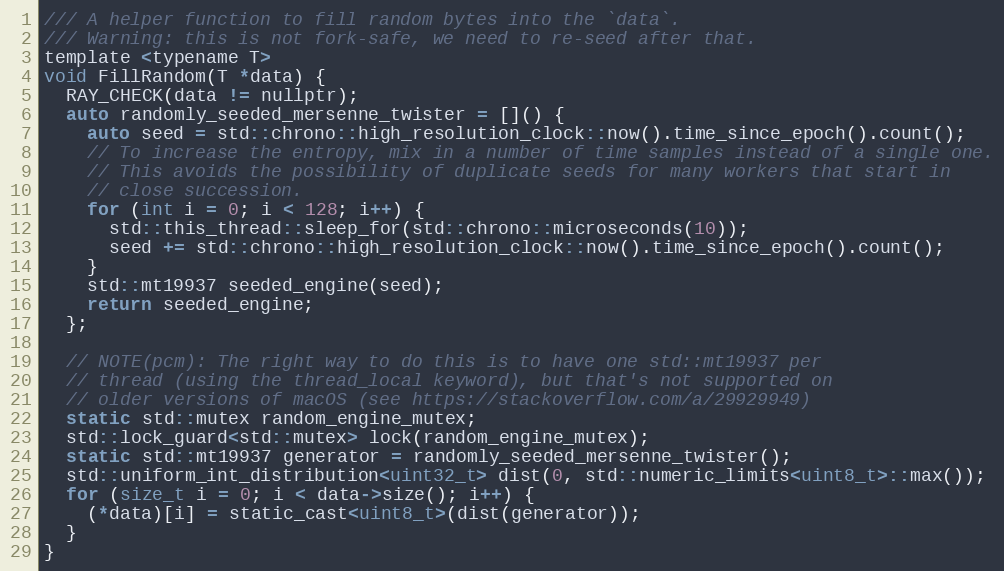
Language: C
/// A helper function to fill random bytes into the `data`.
/// Warning: this is not fork-safe, we need to re-seed after that.
template <typename T>
void FillRandom(T *data) {
  RAY_CHECK(data != nullptr);
  auto randomly_seeded_mersenne_twister = []() {
    auto seed = std::chrono::high_resolution_clock::now().time_since_epoch().count();
    // To increase the entropy, mix in a number of time samples instead of a single one.
    // This avoids the possibility of duplicate seeds for many workers that start in
    // close succession.
    for (int i = 0; i < 128; i++) {
      std::this_thread::sleep_for(std::chrono::microseconds(10));
      seed += std::chrono::high_resolution_clock::now().time_since_epoch().count();
    }
    std::mt19937 seeded_engine(seed);
    return seeded_engine;
  };

  // NOTE(pcm): The right way to do this is to have one std::mt19937 per
  // thread (using the thread_local keyword), but that's not supported on
  // older versions of macOS (see https://stackoverflow.com/a/29929949)
  static std::mutex random_engine_mutex;
  std::lock_guard<std::mutex> lock(random_engine_mutex);
  static std::mt19937 generator = randomly_seeded_mersenne_twister();
  std::uniform_int_distribution<uint32_t> dist(0, std::numeric_limits<uint8_t>::max());
  for (size_t i = 0; i < data->size(); i++) {
    (*data)[i] = static_cast<uint8_t>(dist(generator));
  }
}